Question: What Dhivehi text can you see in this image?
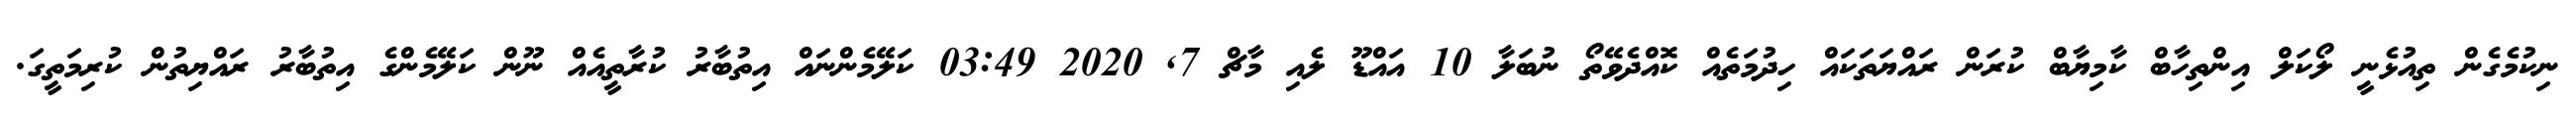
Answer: ނިކުމެގެން ތިއުޅެނީ ލޯކަލް އިންތިހާބް ކާމިޔާބް ކުރަން ރައްޔަތަކައް ހިދުމަތެއް ކޮއްދެވޭތޯ ނުބަލާ 10 އައްޑޫ ލެއި މާޗް 7, 2020 03:49 ކަލޭމެންނައް އިތުބާރު ކުރާތީއެއް ނޫން ކަލޭމެންގެ އިތުބާރު ރައްޔިތުން ކުރިމަތީގަ.